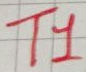
Text: T1